Annual report on the working of the lock hospitals in the Central Provinces
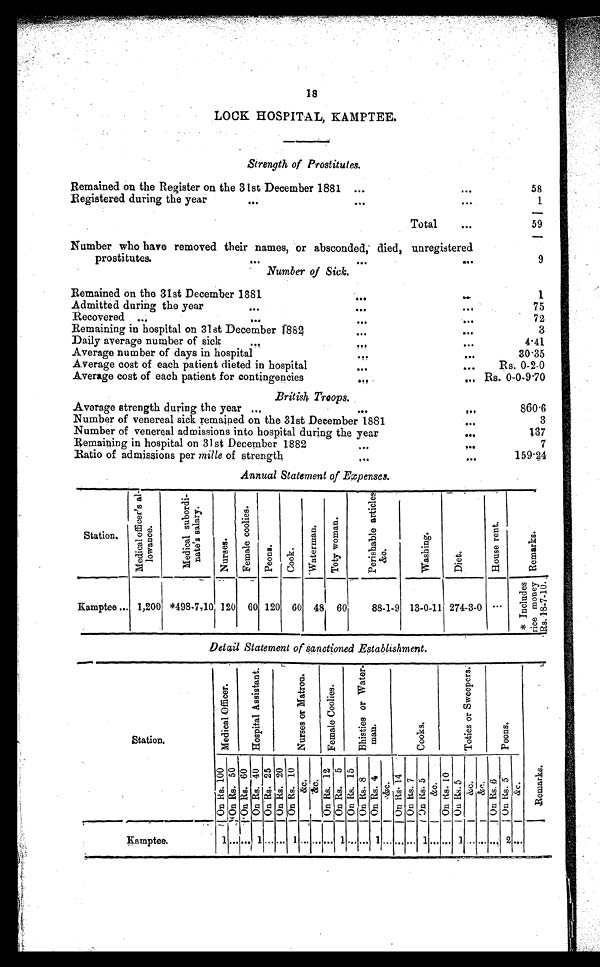
18
LOOK HOSPITAL, KAMPTEE.
Strength of Prostitutes.
Remained on the Register on the 31st December 1881
...
...
58
Registered during the year
...
. . .
1
Total
. . .
59
Number who have removed their names, or absconded, died, unregistered
prostitutes.
9
Number of Sick.
Remained on the 31st December 1881
...
. . .
. . .
...
1
Admitted during the year
...
...
...
7 5
Recovered ...
. . .
...
...
7 2
Remaining in hospital on 31st December 1882
...
...
...
3
Daily average number of sick,
...
...
...
4 . 4 1
Average number of days in hospital
...
. . .
...
3 0 · 3 5
Average cost of each patient dieted in hospital
...
...
...
R s . 0 . 2 . 0
Average cost of each patient for contingencies
. . .
...
...
R s . 0 . 0 . 9 . 7 0
British, Troops.
Average strength during the year ...
...
. . .
860·6
Number of venereal sick remained on the 31st December 1881
. . .
3
Number of venereal admissions into hospital during the year
. . .
137
Remaining in hospital on 31st December 1882
...
. . .
7
Ratio of admissions per mille of strength.
...
. . .
159·24
Annual Statement of Expenses.
Station.
Me d i c a l o f f i c e r ' s a l l o wa n c e .
M e d i c a l s o b o r d i n a t e ' s s a l a r y .
Nurses.
F e m a l e c o o l i e s .
Pe o n s . C o o k
.
W a t e r m a n .
Tot y woma n.
Perishable articles &c.
W a s h i n g
D i e t .
House rent.
R e m a r k s .
Kamptee... 1,200 *498-7-10 120 60 120 60 48 60
88-1-9 13-0-11 274-3-0
. . .
* I n c l u d e s r i c e m o n e y R s . 1 8 - 7 - 1 0 .
Detail Statement of sanctioned Establishment. blishment.
Station
Medi cal Offi cer.
H o s p i t a l A s s i s t a n t .
N u r s e s o r M a t r o n .
F e m a l e C o o l i e s .
B h i s t i e s o r W a t e r m a n .
C o o k s .
T o t i e s o r S w e e p e r s
.
P e o n s .
On Rs . 1 0 0 On Rs . 50 On R s . 6 0 On R s . 4 0 On Rs . 25 On Rs . 2 0 On Rs . 1 0
&c. &c.
On Rs . 12
On Rs . 5 . On Rs . 1 5 . On Rs . 8 On R s . 4 &c. O n R s . 1 4 On Rs . 7 O n R s . 5
&c
On Rs. 10
On Rs . 5
&c &c.
On Rs. 6 O n R s . 5
&c
Remarks.
Kamptee.
1 ...... 1 . . . . . . 1 . . . . . . . . . 1 . . . . . 1 . . . . . . . . . . 1 . . . . . . 1 . . . . . . . . . 2 . . .